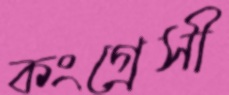
কংগ্রেসী